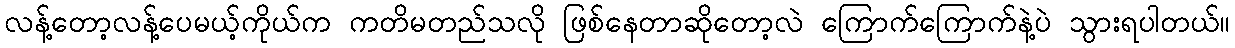
လန့်တော့လန့်ပေမယ့်ကိုယ်က ကတိမတည်သလို ဖြစ်နေတာဆိုတော့လဲ ကြောက်ကြောက်နဲ့ပဲ သွားရပါတယ်။